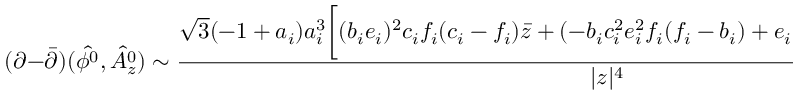
( \partial - { \bar { \partial } } ) ( \hat { { \cal \phi } ^ { 0 } } , \hat { { \cal A } _ { z } ^ { 0 } } ) \sim { \frac { \sqrt { 3 } ( - 1 + a _ { i } ) a _ { i } ^ { 3 } \biggl [ ( b _ { i } e _ { i } ) ^ { 2 } c _ { i } f _ { i } ( c _ { i } - f _ { i } ) { \bar { z } } + ( - b _ { i } c _ { i } ^ { 2 } e _ { i } ^ { 2 } f _ { i } ( f _ { i } - b _ { i } ) + e _ { i } b _ { i } ^ { 2 } c _ { i } f _ { i } ^ { 2 } ( c _ { i } - e _ { i } ) ) z \biggr ] ( z - { \bar { z } } ) } { | z | ^ { 4 } } } ,